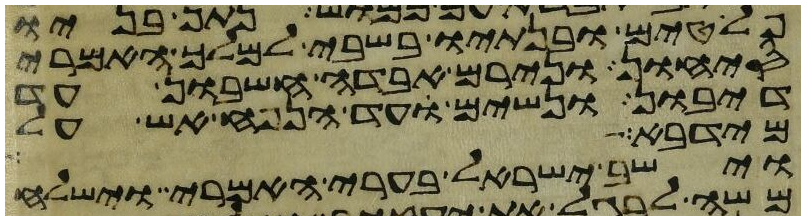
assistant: פלטים ובנתיו בשבי למלך האמרי
סיחון ונירם אבדה חשבון עד
דיבון ונשים עד הנפח אש על
מידבא
וישב ישראל בערי האמרי וישלח